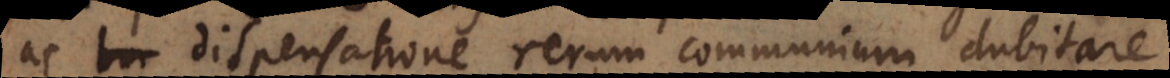
ac dispensatione rerum communium dubitare